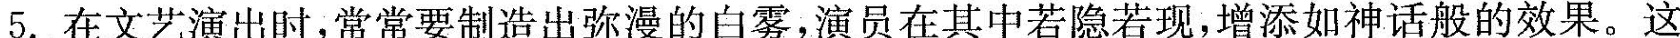
5.在文艺演出时，常常要制造出弥漫的白雾，演员在其中若隐若现，增添如神话般的效果。这